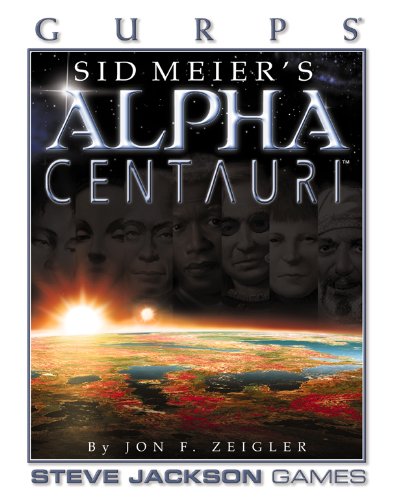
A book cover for GURPS Alpha Centauri (HC); Jon Zeigler; Science Fiction & Fantasy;